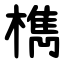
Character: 檇